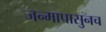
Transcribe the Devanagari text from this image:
जन्मापासुनच